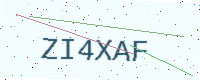
Text: ZI4XAF